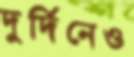
দুর্দিনেও